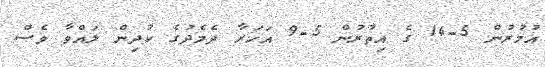
އުމުރުން 5-14 ގެ އިތުރުން 5-9 އަހަރާ ދެމެދުގެ ކުދިން ލައްވާ ވެސް